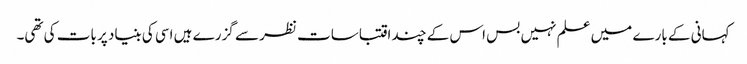
کہانی کے بارے میں علم نہیں بس اس کے چند اقتباسات نظر سے گزرے ہیں اسی کی بنیاد پر بات کی تھی۔